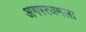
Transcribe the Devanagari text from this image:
अगस्त्यमला